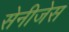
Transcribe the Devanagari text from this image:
सेनीजेस